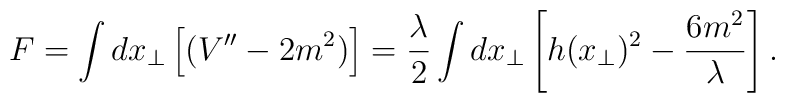
F=\int dx_{\bot} \left[  (V''-2 m^2) \right]=   \frac{\lambda}{2}       \int dx_{\bot} \left[  h(x_{\bot})^2-\frac{6 m^2}{\lambda} \right].